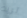
تريد